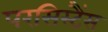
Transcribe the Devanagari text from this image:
परसिस्टैंस